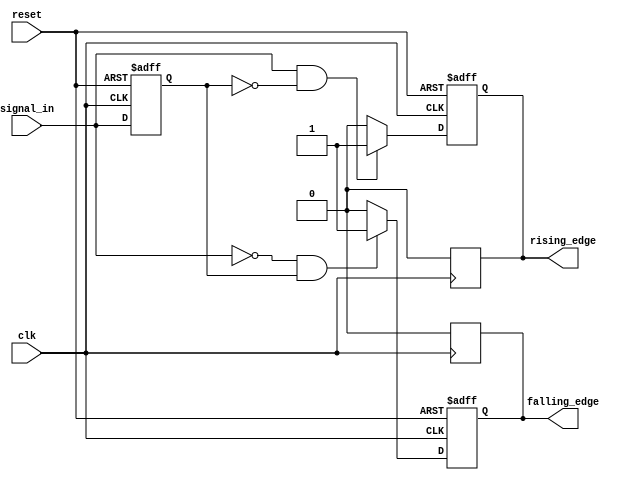
module differential_edge_detector (
    input wire clk,                // Clock signal
    input wire reset,              // Reset signal
    input wire signal_in,          // Input signal
    output reg rising_edge,        // Rising edge output
    output reg falling_edge        // Falling edge output
);

    // Memory block to store the previous state of the input signal
    reg previous_signal;

    // Sequential logic to detect edges on the rising edge of the clock
    always @(posedge clk or posedge reset) begin
        if (reset) begin
            // Initialize outputs and previous signal on reset
            previous_signal <= 1'b0;
            rising_edge <= 1'b0;
            falling_edge <= 1'b0;
        end else begin
            // Edge detection logic
            rising_edge <= (signal_in == 1'b1 && previous_signal == 1'b0) ? 1'b1 : 1'b0;
            falling_edge <= (signal_in == 1'b0 && previous_signal == 1'b1) ? 1'b1 : 1'b0;

            // Update the previous signal state
            previous_signal <= signal_in;
        end
    end

    // De-assert outputs after one clock cycle
    always @(posedge clk) begin
        if (rising_edge) begin
            rising_edge <= 1'b0; // Clear rising edge signal after one clock cycle
        end
        if (falling_edge) begin
            falling_edge <= 1'b0; // Clear falling edge signal after one clock cycle
        end
    end

endmodule